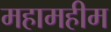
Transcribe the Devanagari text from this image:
महामहीम